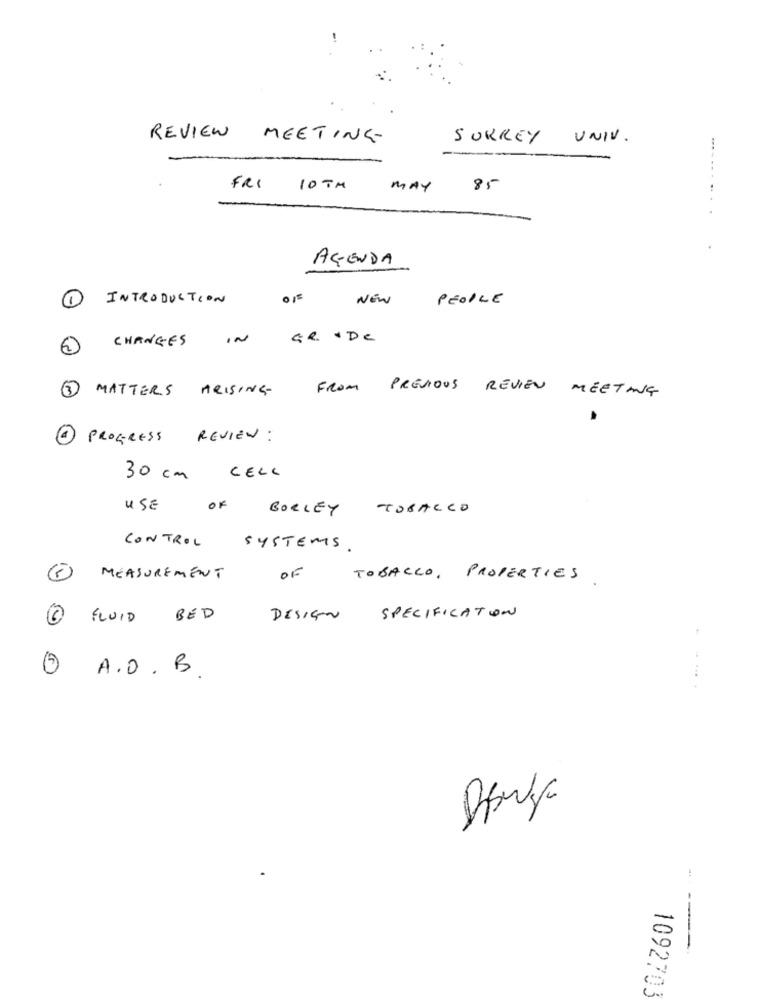
SURREY UNIV.
REVIEW
MEETING
FRI
10 TM
MAY
85
AGENDA
1
INTRODUCTION
015
NEW
PEOPLE
IN
GR. De
2 CHANGES
3 MATTERS ARISING-
FROM PREVIOUS REVIEW MEETING
PROGRESS REVIEW :
30 cm CELL
USE
OF
BORLEY
TOBACCO
CONTROL
SYSTEMS .
OF
MEASUREMENT
TOBACCO, PROPERTIES
1 FLUID
BED
DESIGN SPECIFICATION
3 A. O . B
---
1092703